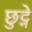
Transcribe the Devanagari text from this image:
छुट्ने